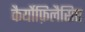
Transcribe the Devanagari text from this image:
कैर्योफ़िलैसिए